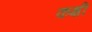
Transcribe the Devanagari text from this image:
कक्षी